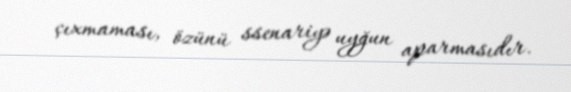
çıxmaması, özünü ssenariyə uyğun aparmasıdır.